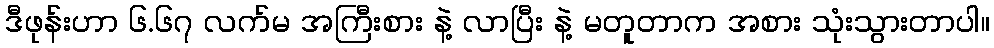
ဒီဖုန်းဟာ ၆.၆၇ လက်မ အကြီးစား နဲ့ လာပြီး နဲ့ မတူတာက အစား သုံးသွားတာပါ။